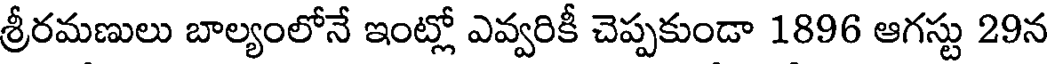
శ్రీరమణులు బాల్యంలోనే ఇంట్లో ఎవ్వరికీ చెప్పకుండా 1896 ఆగస్టు 29న